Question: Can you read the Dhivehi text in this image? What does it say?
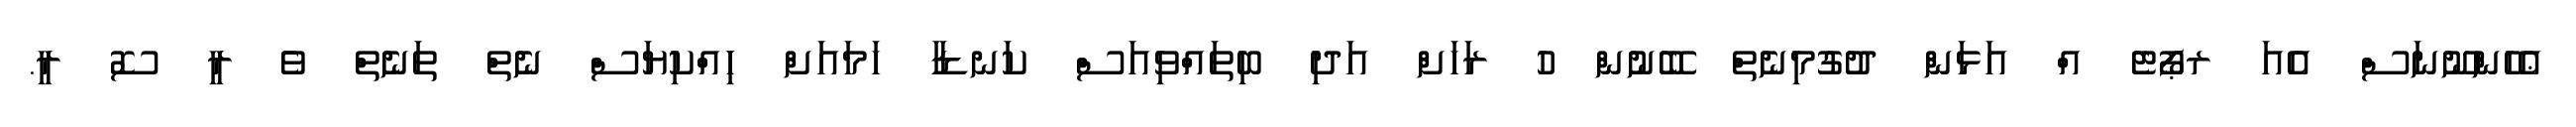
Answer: ޢެހެންނޫނަސް އެއަ ރޕޯޓެ އް އަޅަން ދުގުމިނެތް ބޭނުން ހު ރަހަށް އަދި ބިތައްވިއަސް ކަނޑާ ހަމައަށް ހިއްކިޔަސް ނެތް ތަނެތް ވެ ރީ ސޮ ރީ.